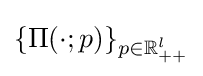
\{\Pi (\cdot ;p)\}_{p\in \mathbb {R} _{++}^{l}}